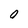
Character: O